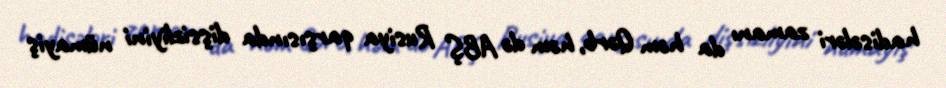
hadisələri zamanı da həm Qərb, həm də ABŞ Rusiya qarşısında dişsizliyini nümayiş